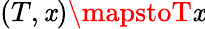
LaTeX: (T,\mathit{x})\mapstoT\mathit{x}